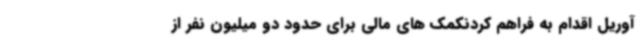
آوریل اقدام به فراهم کردنکمک های مالی برای حدود دو میلیون نفر از